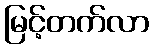
မြင့်တက်လာ